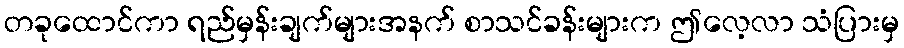
တခုထောင်ကာ ရည်မှန်းချက်များအနက် စာသင်ခန်းများက ဤလေ့လာ သံပြားမှ